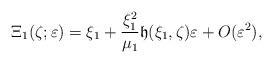
LaTeX: \begin{align*}\Xi_1(\zeta;\varepsilon)=\xi_1+\frac{\xi_1^2}{\mu_1}\mathfrak{h}(\xi_1,\zeta)\varepsilon +O(\varepsilon^2),\end{align*}